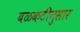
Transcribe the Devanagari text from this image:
बळकटीनुसार